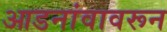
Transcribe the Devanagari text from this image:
आडनांवावरून